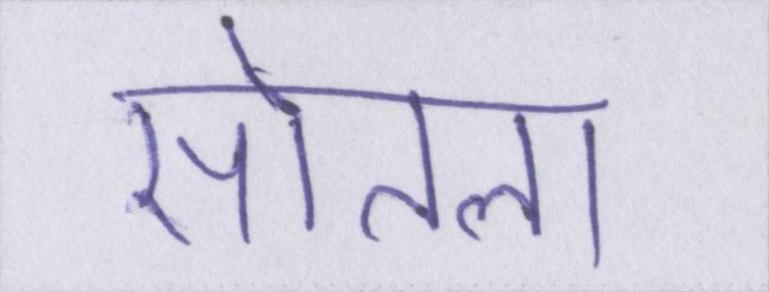
सोतला